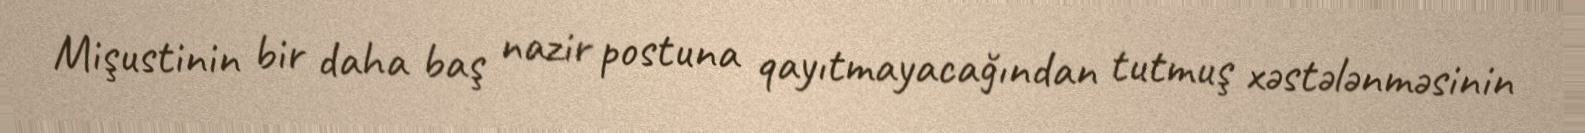
Mişustinin bir daha baş nazir postuna qayıtmayacağından tutmuş xəstələnməsinin